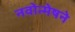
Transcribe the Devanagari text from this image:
नवोन्मेषने